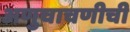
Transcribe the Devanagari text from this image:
अणुचाचणीची